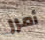
أمرر